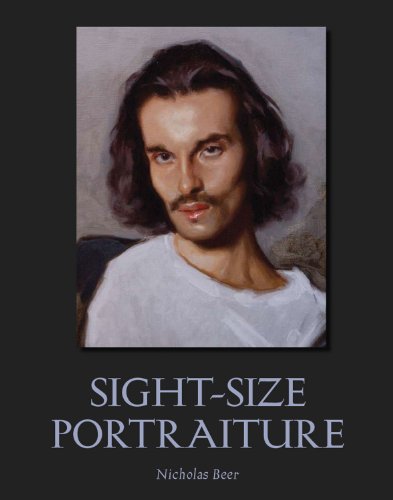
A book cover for Sight-Size Portraiture; Nicholas Beer; Arts & Photography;